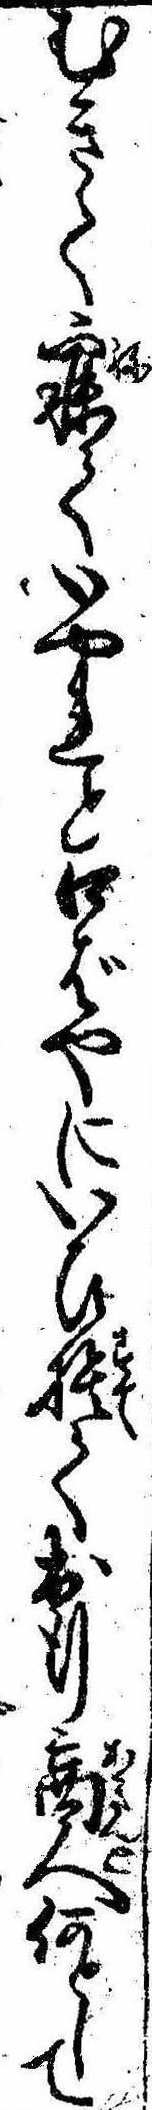
むきて寐ていやれと口ばやにいひ捨て出行商人何として